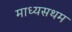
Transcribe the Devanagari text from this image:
माध्यसथम